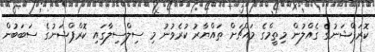
ކޮރަޕްޝަނުގެ ގެއްލުން މިތީމްގެ މައްޗަށް ތައްޔާރު ކުރެވުނު މި ސިލްސިލާގައި ކޮރްޕްޝަނުގެ ސަބަބުން